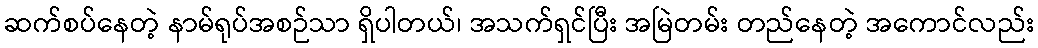
ဆက်စပ်နေတဲ့ နာမ်ရုပ်အစဉ်သာ ရှိပါတယ်၊ အသက်ရှင်ပြီး အမြဲတမ်း တည်နေတဲ့ အကောင်လည်း